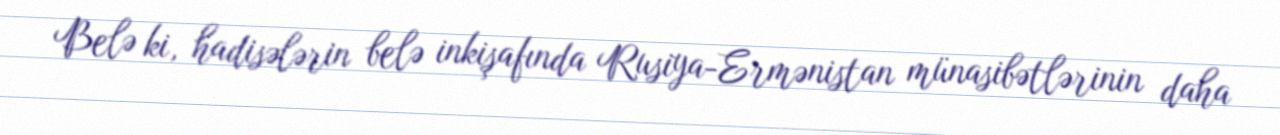
Belə ki, hadisələrin belə inkişafında Rusiya-Ermənistan münasibətlərinin daha